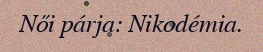
Női párja: Nikodémia.